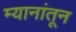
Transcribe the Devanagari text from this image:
म्यानांतून